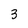
Character: 3